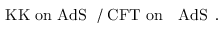
\mathrm { K K ~ o n ~ A d S ~ } \, \, / \, \, \mathrm { C F T ~ o n ~ \partial ~ A d S ~ } \, .